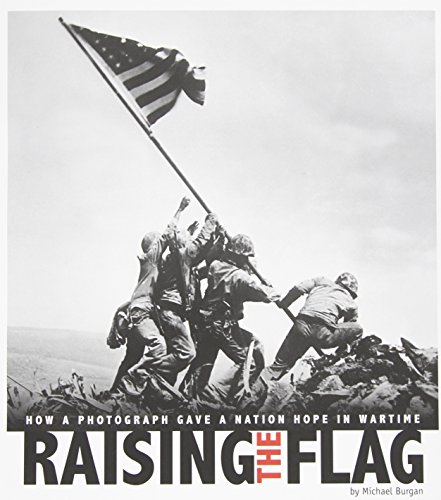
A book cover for Raising the Flag: How a Photograph Gave a Nation Hope in Wartime (Captured History); Michael Burgan; Children's Books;